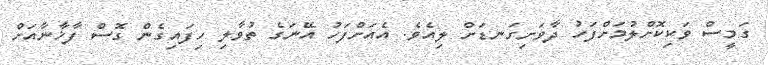
ގަމީސް ވަކިކޮށްލުމަށްފަހު ދާވަށިގަނޑަށް ލިއެވެ. އެއަށްފަހު އޭނަގެ ތުވާލި ހިފައިގެން ގޮސް ފާޚާނާއަށް